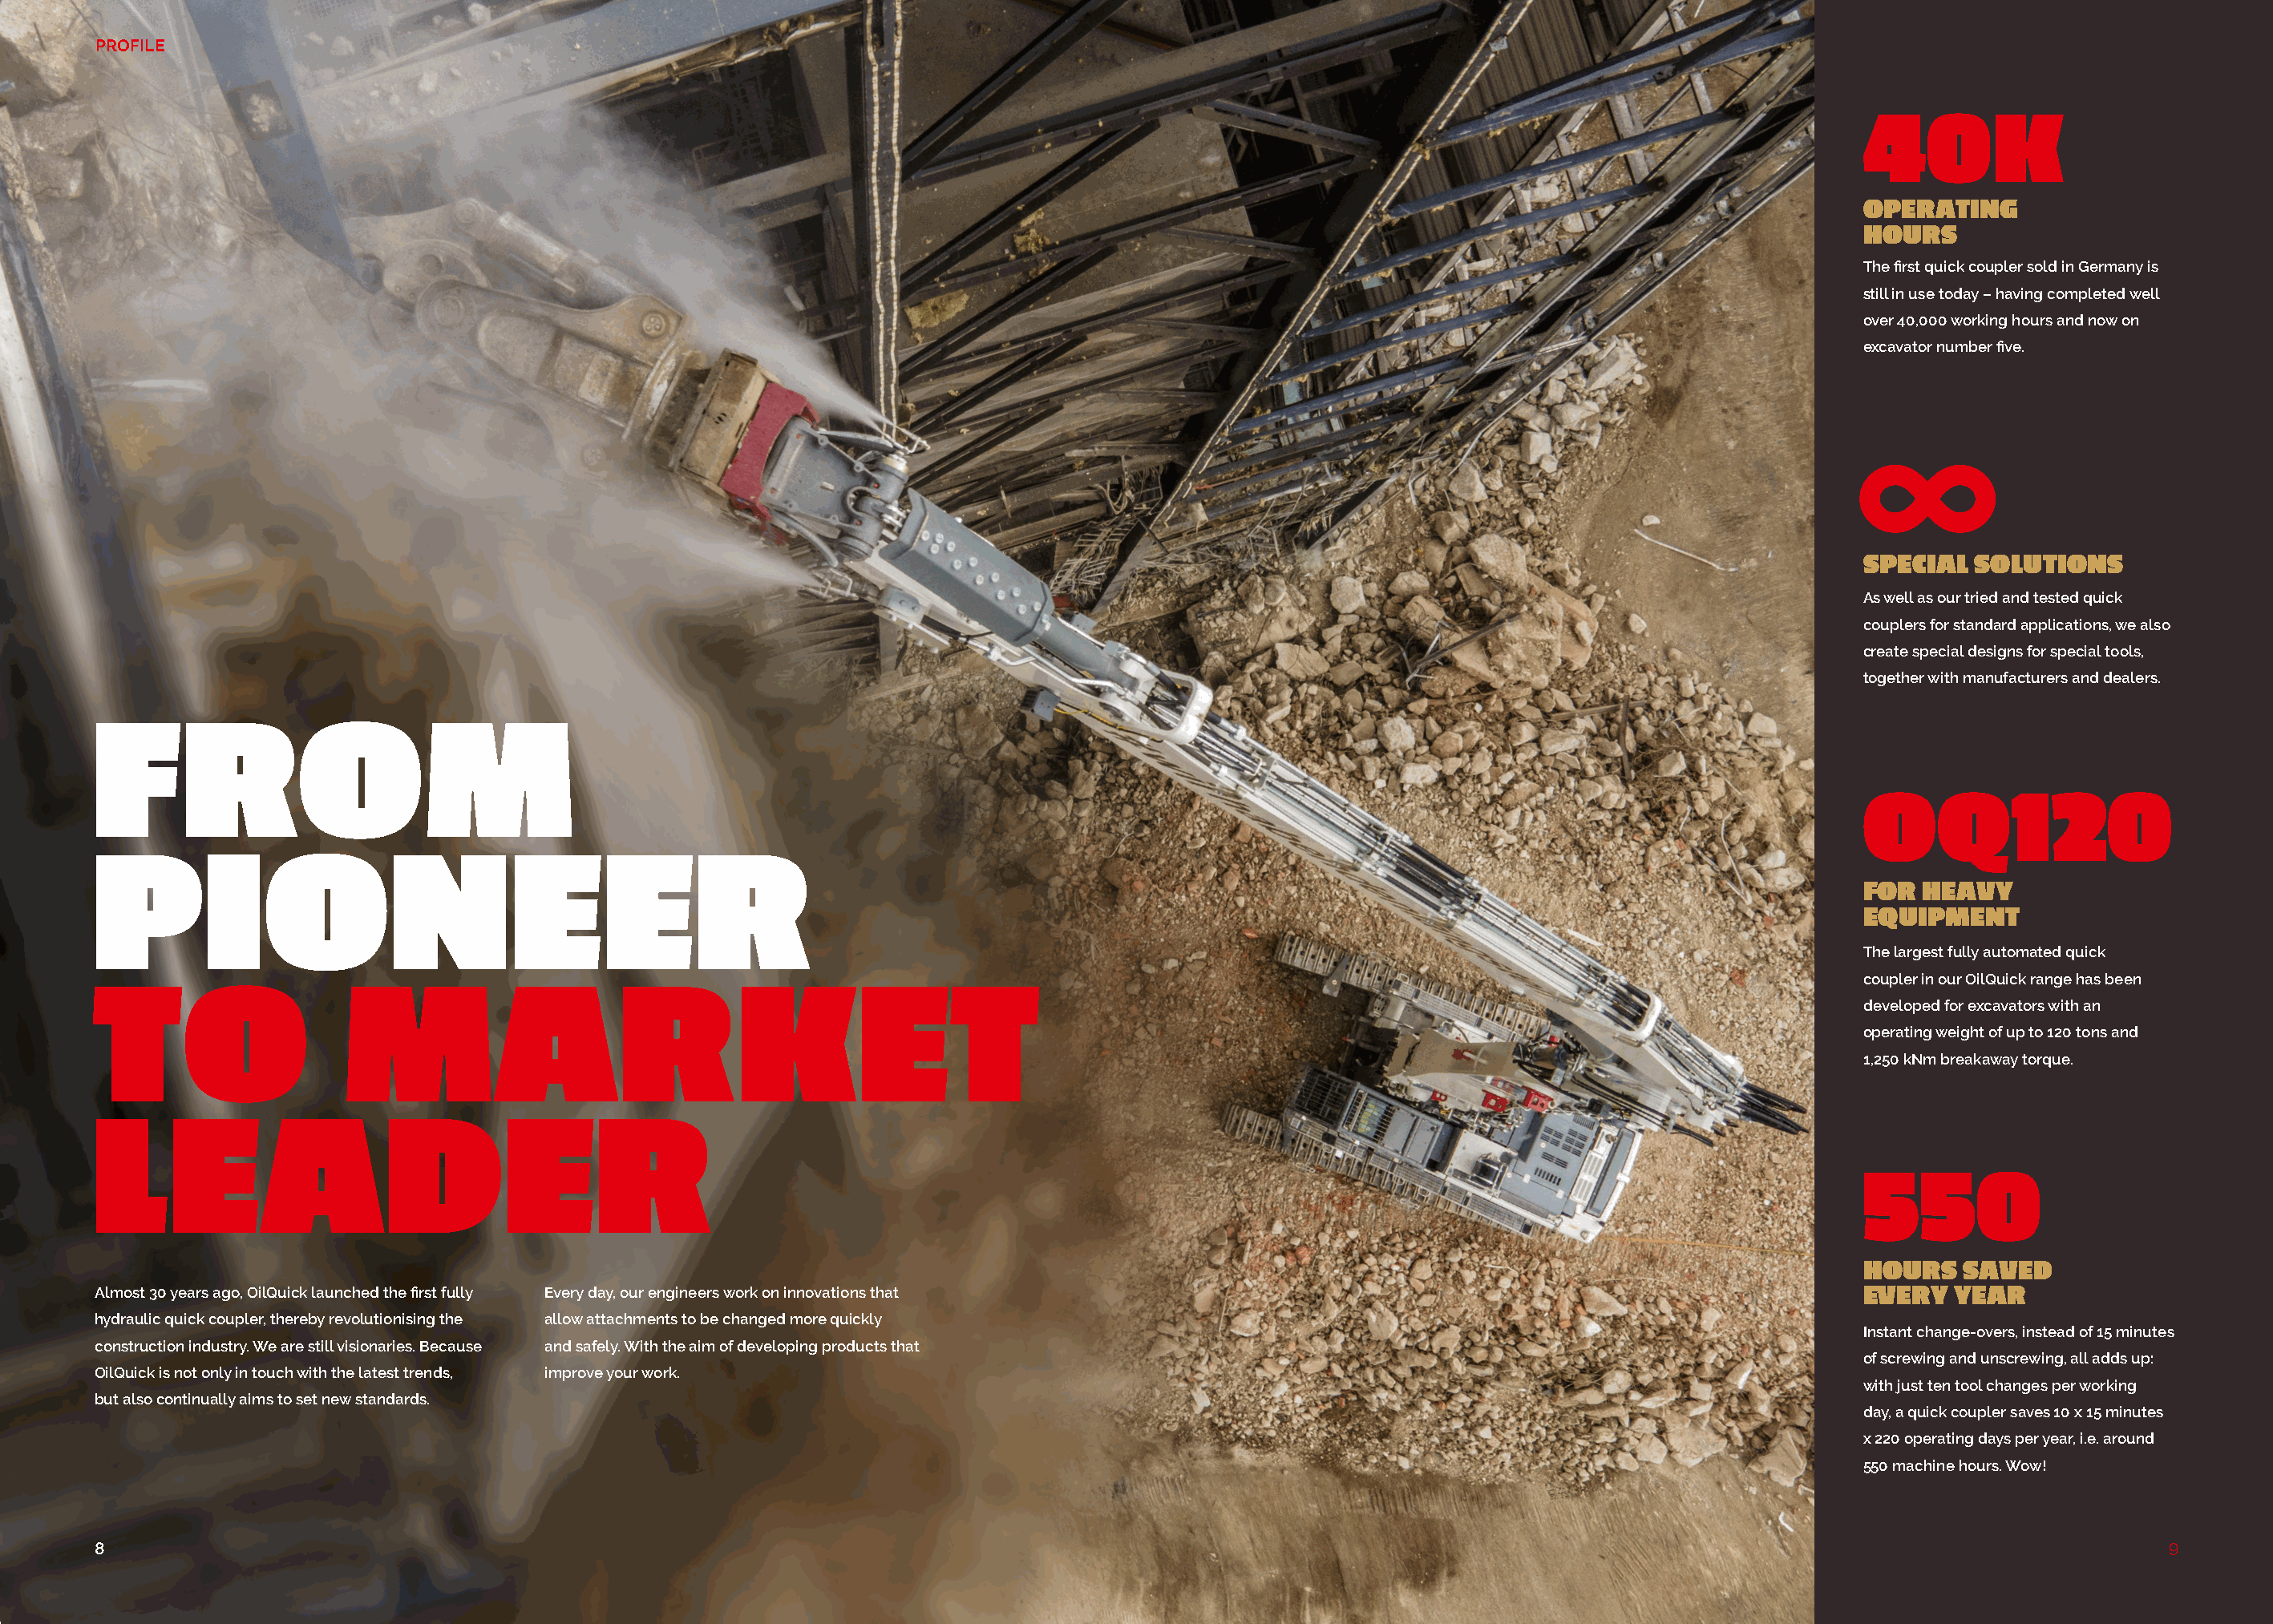
PROFILE
 40K
 OPERATING
 HOURS
 The first quick coupler sold in Germany is
 still in use today – having completed well
 over 40,000 working hours and now on
 excavator number five.
 
 SPECIAL  SOLUTIONS
 As well as our tried and tested quick
 couplers for standard applications, we also
 create special designs for special tools,
 together with manufacturers and dealers.
 FROM
 OQ120
 PIONEER
 FOR  HEAVY
 EQUIPMENT
 The largest fully automated quick
 TO                  MARKET
 coupler in our OilQuick range has been
 developed for excavators with an
 operating weight of up to 120 tons and
 1,250 kNm breakaway torque.
 LEADER
 550
 HOURS   SAVED
 Almost 30 years ago, OilQuick launched the first fully Every day, our engineers work on innovations that                                          EVERY  YEAR
 hydraulic quick coupler, thereby revolutionising the allow attachments to be changed more quickly
 Instant change-overs, instead of 15 minutes
 construction industry. We are still visionaries. Because and safely. With the aim of developing products that
 of screwing and unscrewing, all adds up:
 OilQuick is not only in touch with the latest trends, improve your work.
 with just ten tool changes per working
 but also continually aims to set new standards.
 day, a quick coupler saves 10 x 15 minutes
 x 220 operating days per year, i.e. around
 550 machine hours. Wow!
 8                                                                                                                                                                          9